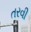
તરવી